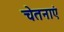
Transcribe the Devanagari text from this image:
चेतनाएं